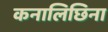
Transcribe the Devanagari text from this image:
कनालिछिना